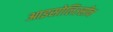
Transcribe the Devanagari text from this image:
आइसोलिउसीन